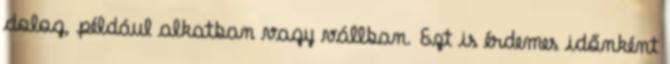
dolog, például alkatban vagy vállban. Ezt is érdemes időnként